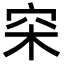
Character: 穼